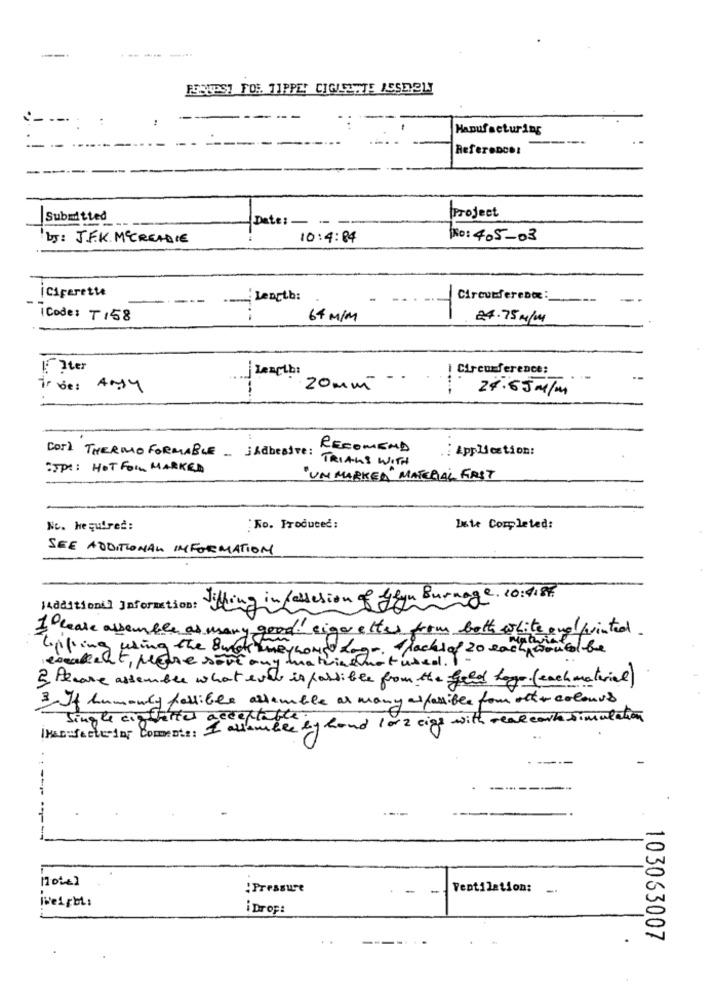
---- --
--
PEPUPST FOR. TIPPE! CIGUESTTE ASSEMBLY
-.
--
Manufacturing
-
Reference:
Submitted
Project
Date: - -
by: J.F.K. MECREADIE
10:4:04
Não: 405-03
iCigarette
---
Length:
Circumference:
T
1 Code: T158
64 MIN
24.75 M/W4
F Iter
Circumference:
. .
is des Angy
20 mm
24.65 M/M
Cor] THERMO FORMABLE . jhdbestre:
RECOMEND
: Application:
TRIALS WITH
:SPU: HOT FOR MARKED
"UN MARKED" MATERIAL FIRST
Nc. Hequired:
Ko. Produced:
Inte Completed:
SEE ADDITIONAL INFORMATION
Tilling in felsesion of gly Burnage. 10:4188
14dditioni] Information:
1 Please assemble as many good! cigar ettes from both white and printed
Clipping us
using the 8 wol neywould Logo. lack of 20 each could be
esaleat, pedre sore any ma trinenot used . -
2. Please assemble what ever is possible from the field logo (each material)
3. If humanly fallible allemble as many aspossible four other colours
IManufacturing Comente: I allambre by hand 1 or 2 cigg with real carte simulation
Single cigtettes
--
!Pressure
-
Ventilation:
Weirbt:
¡ Drop
103063007